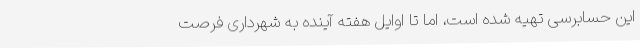
این حسابرسی تهیه شده است، اما تا اوایل هفته آینده به شهرداری فرصت